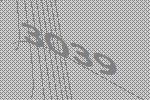
3039